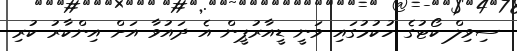
ސިވިލް ކޯޓުގެ ހުކުމުގައި ވަނީ ޑީއާރުޕީން އެ ދައުވާ އަށް އިންކާރު ކުރި